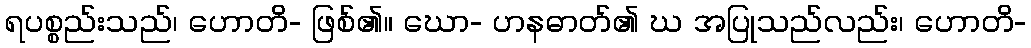
ရပစ္စည်းသည်၊ ဟောတိ- ဖြစ်၏။ ဃော- ဟနဓာတ်၏ ဃ အပြုသည်လည်း၊ ဟောတိ-